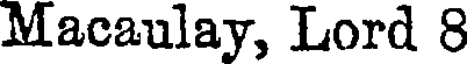
Macaulay, Lord 8